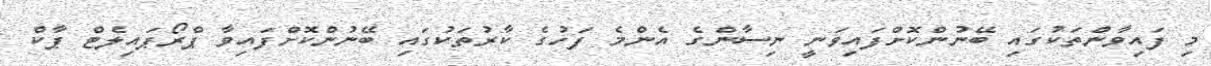
މި ފައިވާންތަކުގައި ބޭނުންކޮށްފައިވަނީ ނިސާންގެ އެންމެ ފަހުގެ ކާރުތަކުގައި ބޭނުންކޮށްފައިވާ ޕްރޯޕައިލެޓް ޕާކް